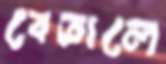
বেতালে